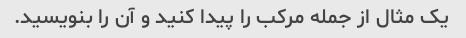
یک مثال از جمله مرکب را پیدا کنید و آن را بنویسید.